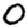
Digit: 0